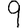
Digit: 9